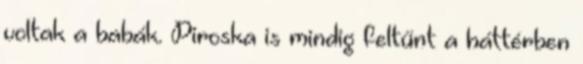
voltak a babák. Piroska is mindig feltűnt a háttérben